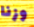
وزنا